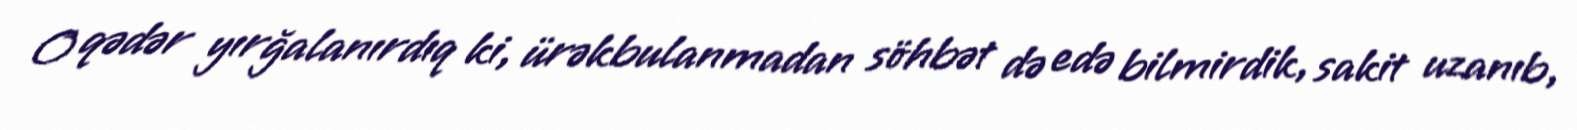
O qədər yırğalanırdıq ki, ürəkbulanmadan söhbət də edə bilmirdik, sakit uzanıb,